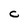
Character: C